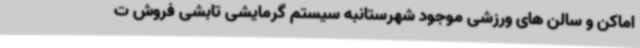
اماکن و سالن های ورزشی موجود شهرستانبه سیستم گرمایشی تابشی فروش ت